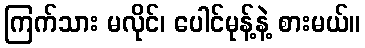
ကြက်သား မလိုင်၊ ပေါင်မုန့်နဲ့ စားမယ်။